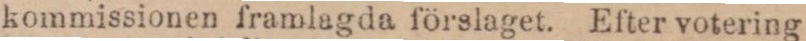
kommissionen framlagda förslaget. Efter votering